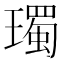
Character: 㻿